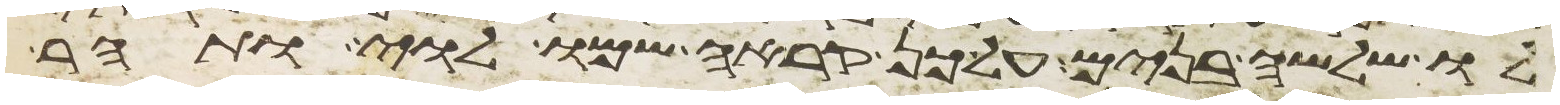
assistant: לו שלשה בנים על כן קראה שמו לוי ותהר